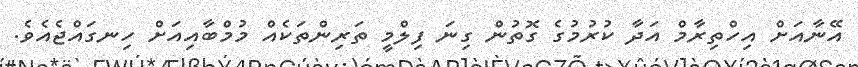
އޭނާއަށް އިހްތިރާމް އަދާ ކުރުމުގެ ގޮތުން ގިނަ ފިލްމީ ތަރިންތަކެއް މުމްބާއިއަށް ހިނގައްޖެއެވެ.